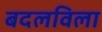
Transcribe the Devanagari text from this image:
बदलविला